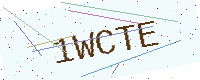
Text: 1WCTE